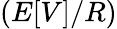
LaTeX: \left(E[V]/R\right)